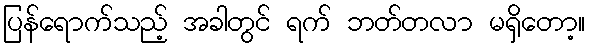
ပြန်ရောက်သည့် အခါတွင် ရက် ဘတ်တလာ မရှိတော့။